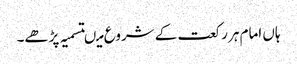
ہاں امام ہر رکعت کے شروع میںتسمیہ پڑھے۔